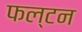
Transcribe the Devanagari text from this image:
फल्टन